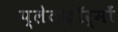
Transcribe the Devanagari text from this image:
प्लेटफ़ॉर्मों